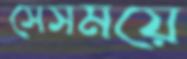
সেসময়ে